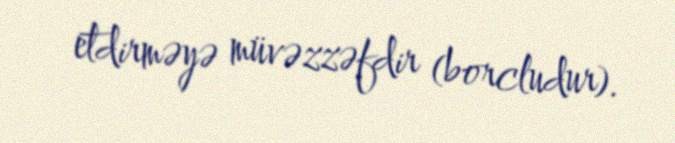
etdirməyə müvəzzəfdir (borcludur).